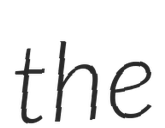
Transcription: the